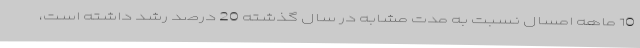
10 ماهه امسال نسبت به مدت مشابه در سال گذشته 20 درصد رشد داشته است،